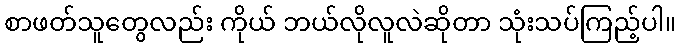
စာဖတ်သူတွေလည်း ကိုယ် ဘယ်လိုလူလဲဆိုတာ သုံးသပ်ကြည့်ပါ။